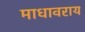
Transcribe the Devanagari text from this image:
माधावराय